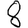
Digit: 8